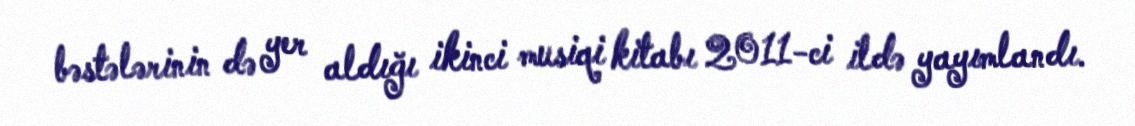
bəstələrinin də yer aldığı ikinci musiqi kitabı 2011-ci ildə yayımlandı.